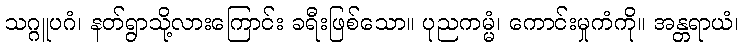
သဂ္ဂူပဂံ၊ နတ်ရွာသို့လားကြောင်း ခရီးဖြစ်သော။ ပုညကမ္မံ၊ ကောင်းမှုကံကို။ အန္တရာယံ၊